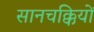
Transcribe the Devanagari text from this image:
सानचक्कियों